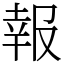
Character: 報